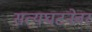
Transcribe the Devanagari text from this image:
सत्यघटनेवर